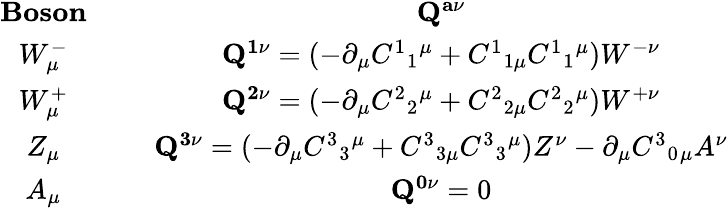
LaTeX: \begin{array}{cc}{{{\mathbf{Boson}}\; \; \; \; \; }}&{{{\mathbf{Q^{a\nu}}}}}\\ {{W_{\mu}^{-}\; \; \; \; \; }}&{{{\mathbf{Q^{1\nu}}}=(-\partial_{\mu}C^{1}{}_{1}{}^{\mu}+C^{1}{}_{1\mu}C^{1}{}_{1}{}^{\mu})W^{-\nu}}}\\ {{W_{\mu}^{+}\; \; \; \; \; }}&{{{\mathbf{Q^{2\nu}}}=(-\partial_{\mu}C^{2}{}_{2}{}^{\mu}+C^{2}{}_{2\mu}C^{2}{}_{2}{}^{\mu})W^{+\nu}}}\\ {{Z_{\mu}\; \; \; \; \; }}&{{{\mathbf{Q^{3\nu}}}=(-\partial_{\mu}C^{3}{}_{3}{}^{\mu}+C^{3}{}_{3\mu}C^{3}{}_{3}{}^{\mu})Z^{\nu}-\partial_{\mu}C^{3}{}_{0}{}_{\mu}A^{\nu}}}\\ {{A_{\mu}\; \; \; \; \; }}&{{{\mathbf{Q^{0\nu}}}=0}}\end{array}